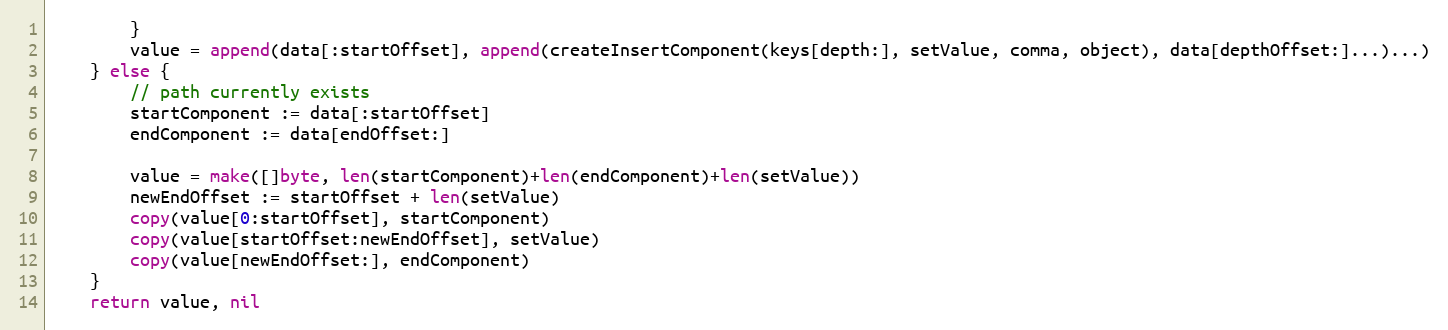
Language: Go
		}
		value = append(data[:startOffset], append(createInsertComponent(keys[depth:], setValue, comma, object), data[depthOffset:]...)...)
	} else {
		// path currently exists
		startComponent := data[:startOffset]
		endComponent := data[endOffset:]

		value = make([]byte, len(startComponent)+len(endComponent)+len(setValue))
		newEndOffset := startOffset + len(setValue)
		copy(value[0:startOffset], startComponent)
		copy(value[startOffset:newEndOffset], setValue)
		copy(value[newEndOffset:], endComponent)
	}
	return value, nil